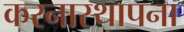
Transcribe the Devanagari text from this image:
करनास्थापना